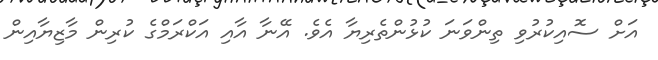
އަށް ސޮއިކުރުވި ތިންވަނަ ކުޅުންތެރިޔާ އެވެ. އޭނާ އާއި އަކްރަމްގެ ކުރިން މާޒިޔާއިން